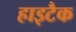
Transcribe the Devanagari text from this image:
हाइटैक